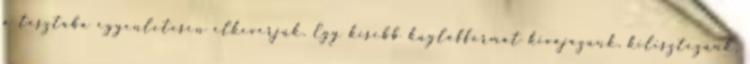
a tésztába egyenletesen elkeverjük. Egy kisebb kuglófformát kivajazunk, kilisztezünk,